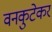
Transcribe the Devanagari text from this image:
वनकुटेकर